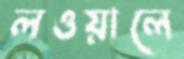
লওয়ালে